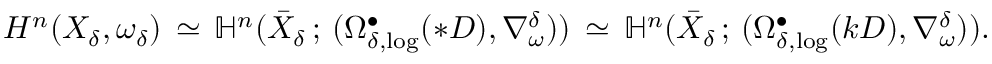
H ^ { n } ( X _ { \delta } , \omega _ { \delta } ) \, \simeq \, \mathbb { H } ^ { n } ( \bar { X } _ { \delta } \, ; \, ( \Omega _ { \delta , \log } ^ { \bullet } ( * D ) , \nabla _ { \omega } ^ { \delta } ) ) \, \simeq \, \mathbb { H } ^ { n } ( \bar { X } _ { \delta } \, ; \, ( \Omega _ { \delta , \log } ^ { \bullet } ( k D ) , \nabla _ { \omega } ^ { \delta } ) ) .